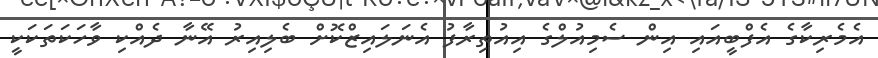
އެމެރިކާގެ އެފްބީއައި އިން ސެމިއުލްގެ އިއުތިރާފު އެނަލައިޒްކޮށް ބެލިއިރު އޭނާ ދެއްކި ވާހަކަތަކަކީ